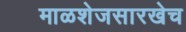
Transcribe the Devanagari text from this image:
माळशेजसारखेच